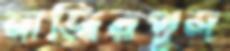
নাজিরপুল